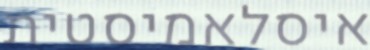
איסלאמיסטית